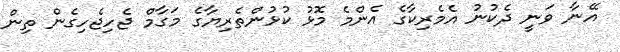
އޭނާ ވަނީ ދެކުނު އެމެރިކާގެ އެންމެ މޮޅު ކުޅުންތެރިޔާގެ މަގާމް ޖެހިޖެހިގެން ތިން